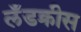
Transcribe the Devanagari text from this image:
लँडक्रीस